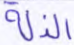
الذلة